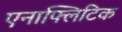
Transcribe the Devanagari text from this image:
एनाफ्लिटिक